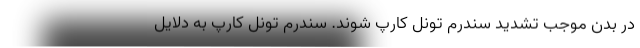
در بدن موجب تشدید سندرم تونل کارپ شوند. سندرم تونل کارپ به دلایل